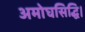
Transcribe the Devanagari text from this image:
अमोघसिद्धि।